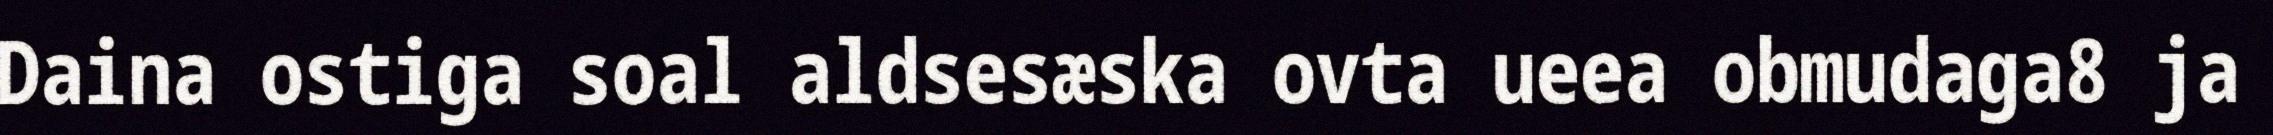
Daina ostiga soal aldsesæska ovta ueea obmudaga8 ja